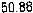
50.88